Annual report on the working of the Harcourt Butler Institute of Public Health, Rangoon
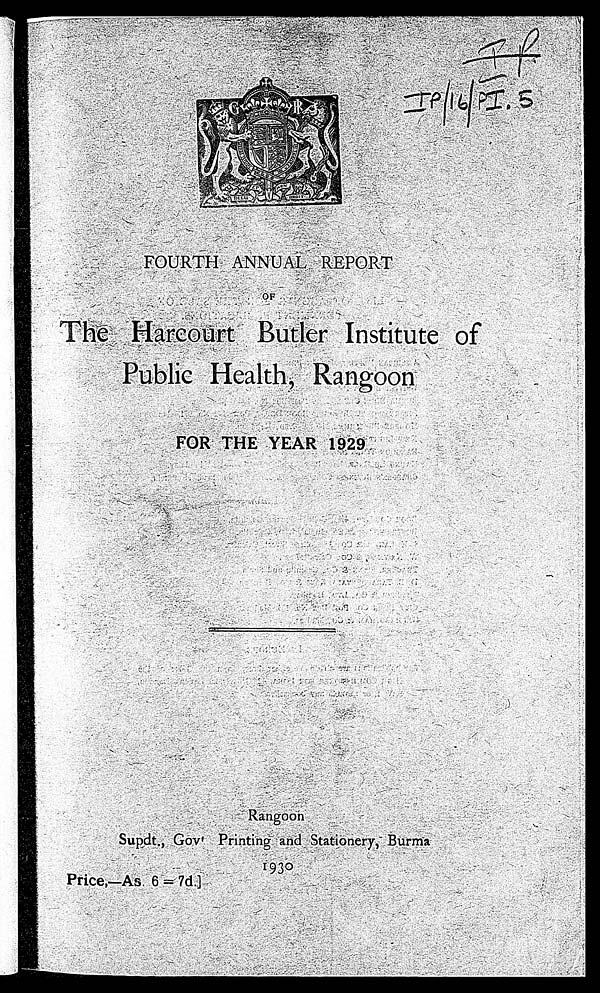
I P I P / 1 6 / P I . 5
FOURTH ANNUAL REPORT
The Harcourt Butler Institute of
Public Health, Rangoon
FOR THE YEAR 1929
R a n g o o n
Supdt., Govt. Printing and Stationery, Burma
1930
Price,—As. 6=7d.]